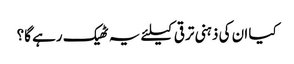
کیا ان کی ذہنی ترقی کیلئے یہ ٹھیک رہے گا؟